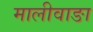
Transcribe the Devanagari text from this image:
मालीवाङा